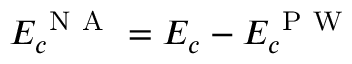
E _ { c } ^ { \mathrm { ~ N ~ A ~ } } = E _ { c } - E _ { c } ^ { \mathrm { ~ P ~ W ~ } }